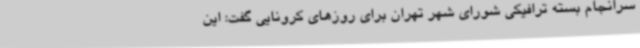
سرانجام بسته ترافیکی شورای شهر تهران برای روزهای کرونایی گفت: این